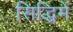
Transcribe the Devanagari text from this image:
सिद्धिमें